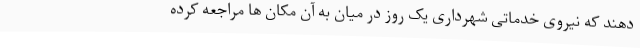
دهند که نیروی خدماتی شهرداری یک روز در میان به آن مکان ها مراجعه کرده